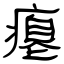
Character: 瘪